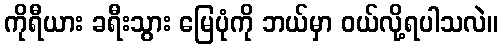
ကိုရီယား ခရီးသွား မြေပုံကို ဘယ်မှာ ဝယ်လို့ရပါသလဲ။